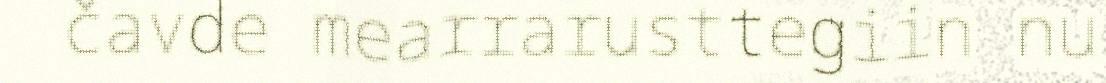
čavde mearrarusttegiin nu